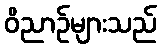
ဝိညာဉ်များသည်